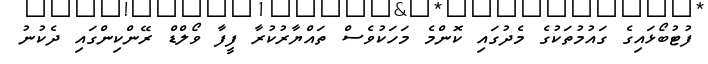
ފުޓުބޯޅައިގެ ގައުމުތަކުގެ މެދުގައި ކޮންމެ މަހަކުވެސް ތައްޔާރުކުރާ ފީފާ ވޯލްޑް ރޭންކިންގައި ދެކުނު